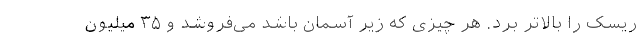
ریسک را بالاتر برد. هر چیزی که زیر آسمان باشد می‌فروشد و ۳۵ میلیون